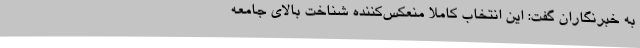
به خبرنگاران گفت: این انتخاب کاملاً منعکس‌کننده شناخت بالای جامعه